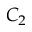
C _ { 2 }